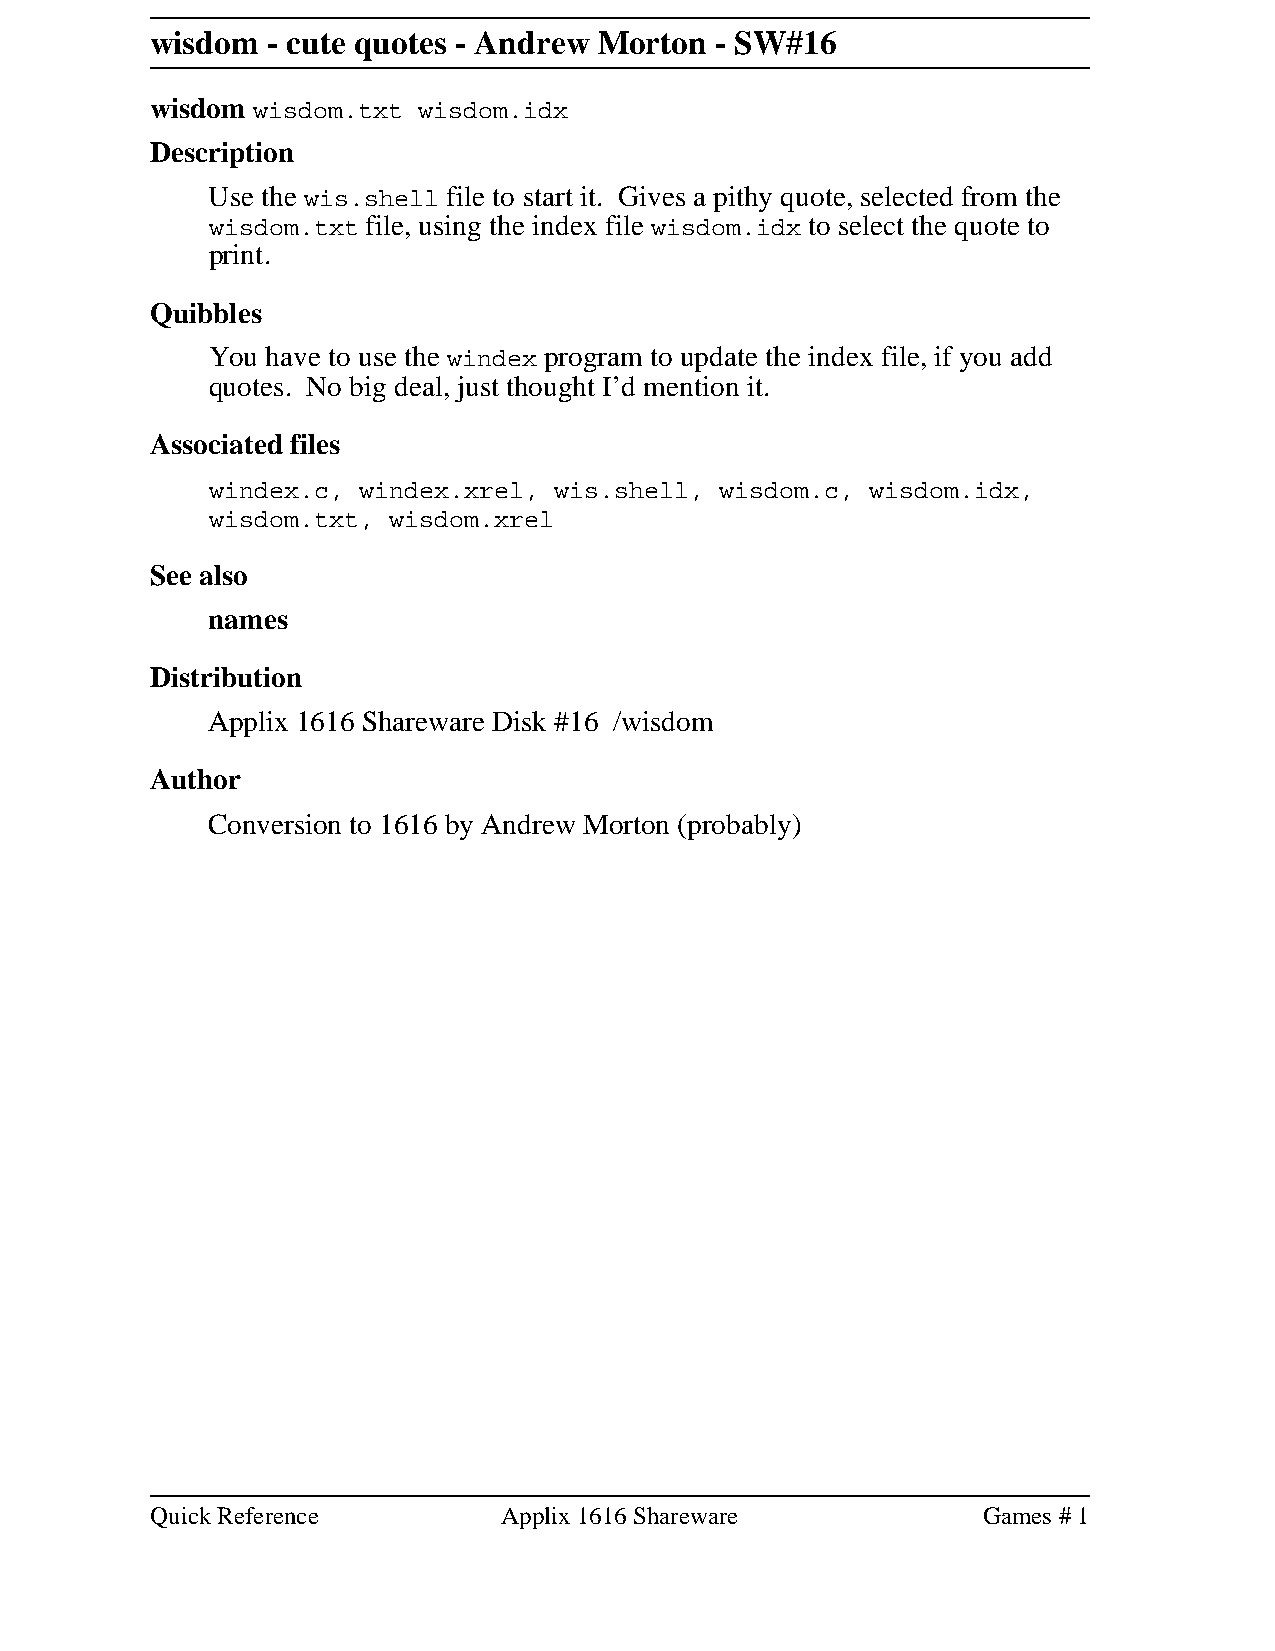
wisdom  - cute quotes - Andrew Morton - SW#16
 wisdom wisdom.txt wisdom.idx
 Description
 Use the wis.shell file to start it. Gives a pithy quote, selected from the
 wisdom.txt file, using the index file wisdom.idx to select the quote to
 print.
 Quibbles
 You have to use the windex program to update the index file, if you add
 quotes. No big deal, just thought I’d mention it.
 Associated files
 windex.c, windex.xrel, wis.shell, wisdom.c, wisdom.idx,
 wisdom.txt, wisdom.xrel
 See also
 names
 Distribution
 Applix 1616 Shareware Disk #16 /wisdom
 Author
 Conversion to 1616 by Andrew Morton (probably)
 Quick Reference        Applix 1616 Shareware           Games # 1